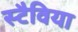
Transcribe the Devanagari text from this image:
स्टैविया